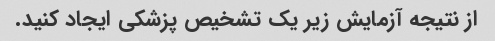
از نتیجه آزمایش زیر یک تشخیص پزشکی ایجاد کنید.